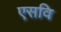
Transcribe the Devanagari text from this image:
एसवि